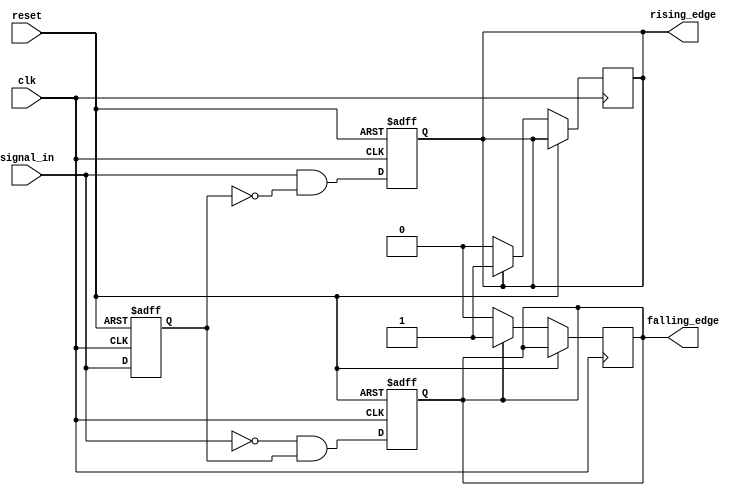
module dual_edge_detector (
    input wire clk,            // Clock signal
    input wire reset,          // Asynchronous reset signal
    input wire signal_in,      // Input signal to detect edges
    output reg rising_edge,    // Output signal for rising edge detection
    output reg falling_edge     // Output signal for falling edge detection
);

    // Memory block to store the previous state of signal_in
    reg previous_state;

    // Edge detection logic
    always @(posedge clk or posedge reset) begin
        if (reset) begin
            previous_state <= 1'b0; // Reset previous state
            rising_edge <= 1'b0;     // Reset rising edge output
            falling_edge <= 1'b0;    // Reset falling edge output
        end else begin
            // Edge detection logic
            rising_edge <= (signal_in && !previous_state);  // Rising edge detected
            falling_edge <= (!signal_in && previous_state); // Falling edge detected
            
            // Update previous state
            previous_state <= signal_in;
        end
    end

    // Ensure outputs return to low after one clock cycle
    always @(posedge clk) begin
        if (!reset) begin
            // Pulse generation for rising and falling edges
            if (rising_edge) begin
                rising_edge <= 1'b1;   // Set rising_edge high for one clock cycle
            end else begin
                rising_edge <= 1'b0;   // Reset after one cycle
            end
            
            if (falling_edge) begin
                falling_edge <= 1'b1;  // Set falling_edge high for one clock cycle
            end else begin
                falling_edge <= 1'b0;  // Reset after one cycle
            end
        end
    end

endmodule